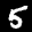
Label: 5